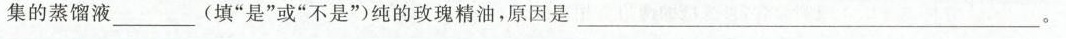
集的蒸馏液___(填”是”或”不是”)纯的玫瑰精油，原因是___。